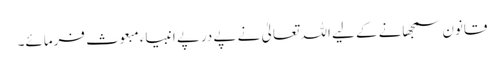
قانون سمجھانے کے لیے اللہ تعالیٰ نے پے درپے انبیاء مبعوث فرمائے۔